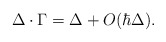
\begin{align*}\Delta \cdot \Gamma = \Delta + O(\hbar\Delta).\end{align*}